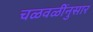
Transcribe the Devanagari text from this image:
चळवळींनुसार